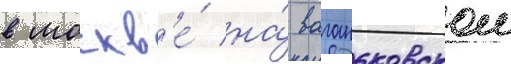
в москв'е́ на́ ваганьковском